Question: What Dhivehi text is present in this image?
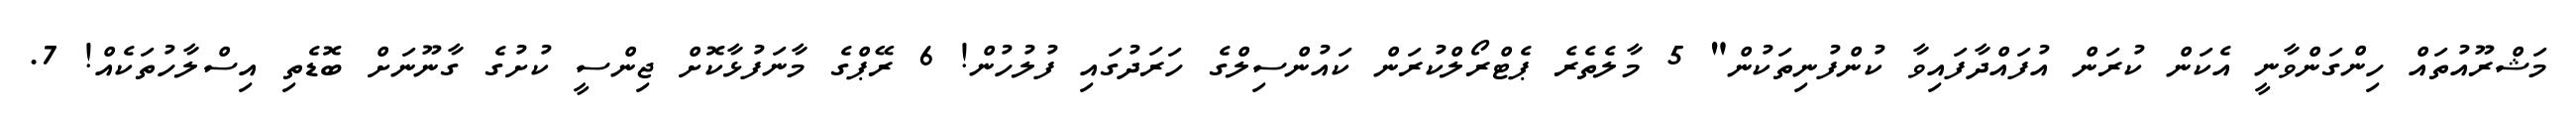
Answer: މަޝްރޫއުތައް ހިންގަންވާނީ އެކަން ކުރަން އުފައްދާފައިވާ ކުންފުނިތަކުން" 5 މާލެތެރެ ޕެޓްރޯލްކުރަން ކައުންސިލްގެ ހަރަދުގައި ފުލުހުން! 6 ރޭޕްގެ މާނަފުޅާކޮށް ޖިންސީ ކުށުގެ ގާނޫނަށް ބޮޑެތި އިސްލާހުތަކެއް! 7.